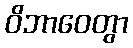
ဝိဘာဝေတွာ